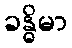
ခန္ဓိမာ